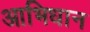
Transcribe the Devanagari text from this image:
आभिधान